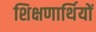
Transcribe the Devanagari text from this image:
शिक्षणार्थियों